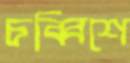
চব্বিশে